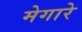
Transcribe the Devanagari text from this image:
मेगारे